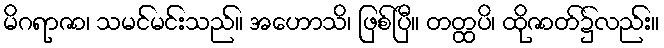
မိဂရာဇာ၊ သမင်မင်းသည်။ အဟောသိ၊ ဖြစ်ပြီ။ တတ္ထပိ၊ ထိုဇာတ်၌လည်း။